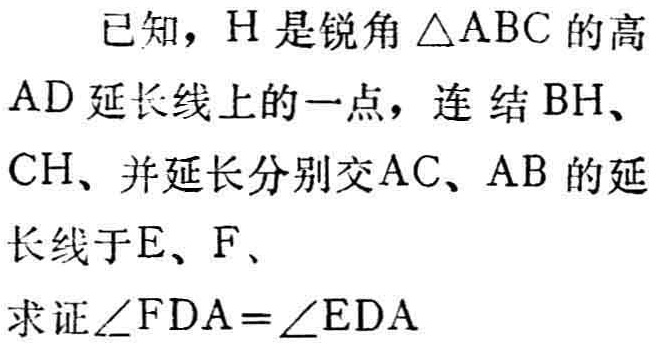
已知，\(H\)是锐角\(\triangle ABC\)的高\(AD\)延长线上的一点，连结\(BH\)、\(CH\)、并延长分别交\(AC\)、\(AB\)的延长线于\(E\)、\(F\)、

求证\(\angle FDA = \angle EDA\)